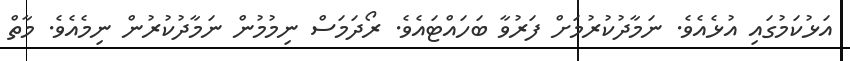
އަޅުކަމުގައި އުޅެއެވެ. ނަމާދުކުރުމަށް ފަރުވާ ބަހައްޓައެވެ. ރޯދަމަސް ނިމުމުން ނަމާދުކުރުން ނިމެއެވެ. މާތް